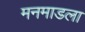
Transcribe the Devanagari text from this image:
मनमाडला